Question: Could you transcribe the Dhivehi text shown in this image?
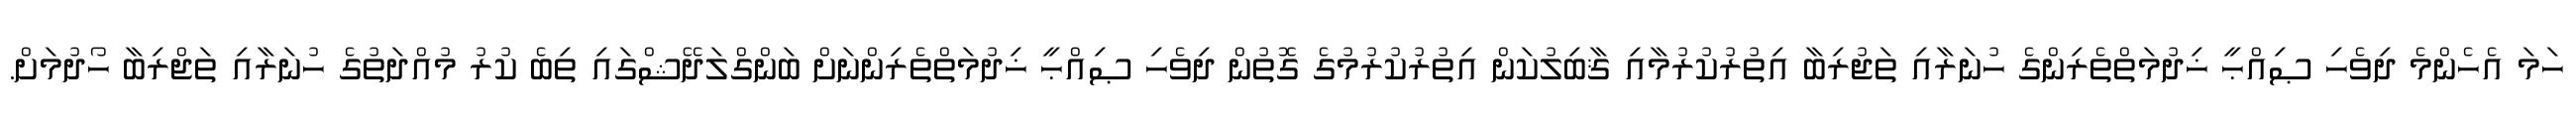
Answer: ހަމަ އެހެންމެ ދިވެހި ޞިއްޙީ ޚިދުމަތްތެރިންގެ ހުނަރާއި ތަޖުރިބާ އިތުރުކުރުމާއި ޤާބިލުކަން އިތުރުކުރުމުގެ ގޮތުން ދިވެހި ޞިއްޙީ ޚިދުމަތްތެރިންނަށް ބަންގްލަދޭޝްގައި ތިބެ ކުރު މުއްދަތުގެ ހުނަރާއި ތަޖްރިބާ ހޯދުމަށް.